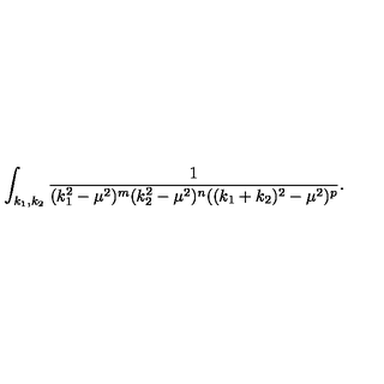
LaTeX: \int _ { k _ { 1 } , k _ { 2 } } \frac { 1 } { ( k _ { 1 } ^ { 2 } - \mu ^ { 2 } ) ^ { m } ( k _ { 2 } ^ { 2 } - \mu ^ { 2 } ) ^ { n } ( ( k _ { 1 } + k _ { 2 } ) ^ { 2 } - \mu ^ { 2 } ) ^ { p } } .